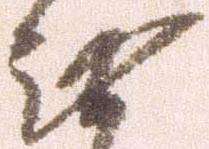
無